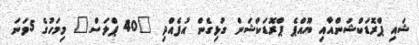
ޝައި ޕްރޮޑަކްޝަންއާއި ޔޫއްޕެ ޕްރޮޑަކްޝަން ގުޅިގެން އުފެއްދި "40 ޕްލަސް" މިމަހުގެ 5ވަނަ